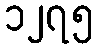
၁၂၇၅